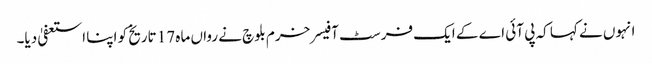
انہوں نے کہا کہ پی آئی اے کے ایک فرسٹ آفیسر خرم بلوچ نے رواں ماہ 17 تاریخ کو اپنا استعفیٰ دیا۔